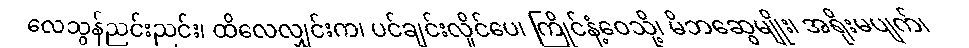
လေသွန်ညင်းညင်း၊ ထိလေလျှင်းက၊ ပင်ချင်းလှိုင်ပေ၊ ကြိုင်နံ့ဝေသို့၊ မိဘဆွေမျိုး၊ အရိုးမပျက်၊